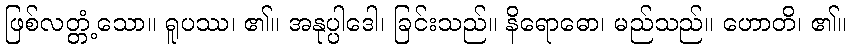
ဖြစ်လတ္တံ့သော။ ရူပဿ၊ ၏။ အနုပ္ပါဒေါ၊ ခြင်းသည်။ နိရောဓော၊ မည်သည်။ ဟောတိ၊ ၏။